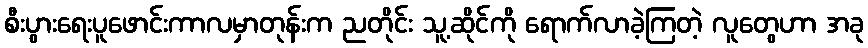
စီးပွားရေးပူဖောင်းကာလမှာတုန်းက ညတိုင်း သူ့ဆိုင်ကို ရောက်လာခဲ့ကြတဲ့ လူတွေဟာ အခု